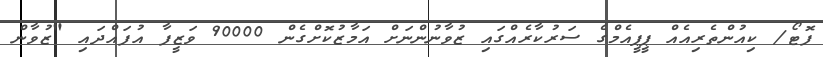
ފޮޓޯ/ ކިއުންތެރިއެއް ޕީޕީއެމްގެ ސަރުކާރެއްގައި ޒުވާނުންނަށް އަމާޒުކޮށްގެން 90000 ވަޒީފާ އުފައްދައި "ޒުވާން